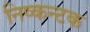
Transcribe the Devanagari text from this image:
निष्कन्टक